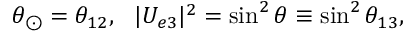
\theta _ { \odot } = \theta _ { 1 2 } , ~ ~ | U _ { e 3 } | ^ { 2 } = \sin ^ { 2 } \theta \equiv \sin ^ { 2 } \theta _ { 1 3 } ,